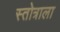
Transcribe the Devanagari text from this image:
स्तोत्राला